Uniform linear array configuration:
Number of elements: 12
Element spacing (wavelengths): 0.5
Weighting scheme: blackman
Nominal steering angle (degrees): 60
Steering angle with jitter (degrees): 61.932
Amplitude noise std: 0.05
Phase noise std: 0.05

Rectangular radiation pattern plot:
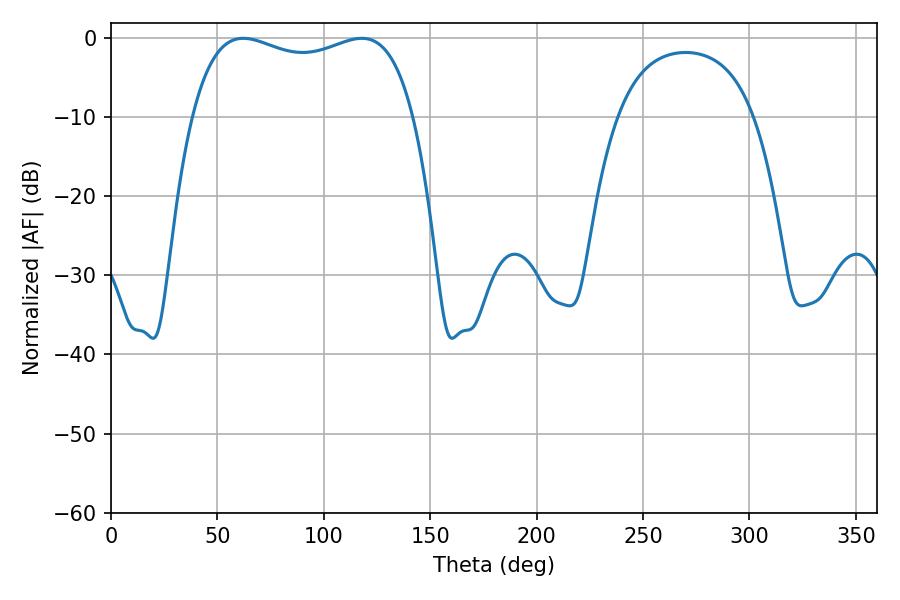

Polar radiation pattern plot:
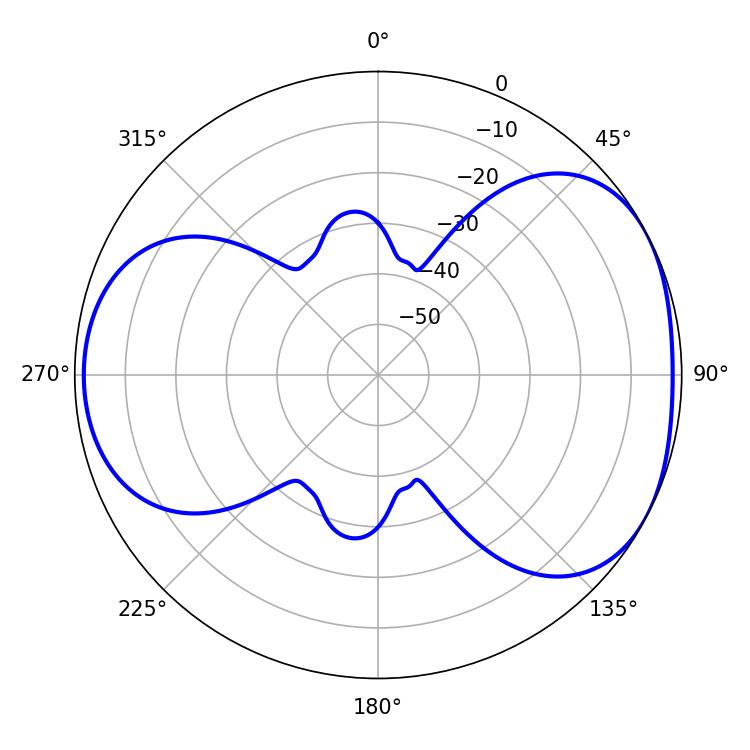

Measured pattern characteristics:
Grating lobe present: FALSE
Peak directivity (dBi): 4.643
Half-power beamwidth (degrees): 85.32
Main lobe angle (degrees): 62.1